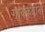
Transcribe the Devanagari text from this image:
गावकर्याना